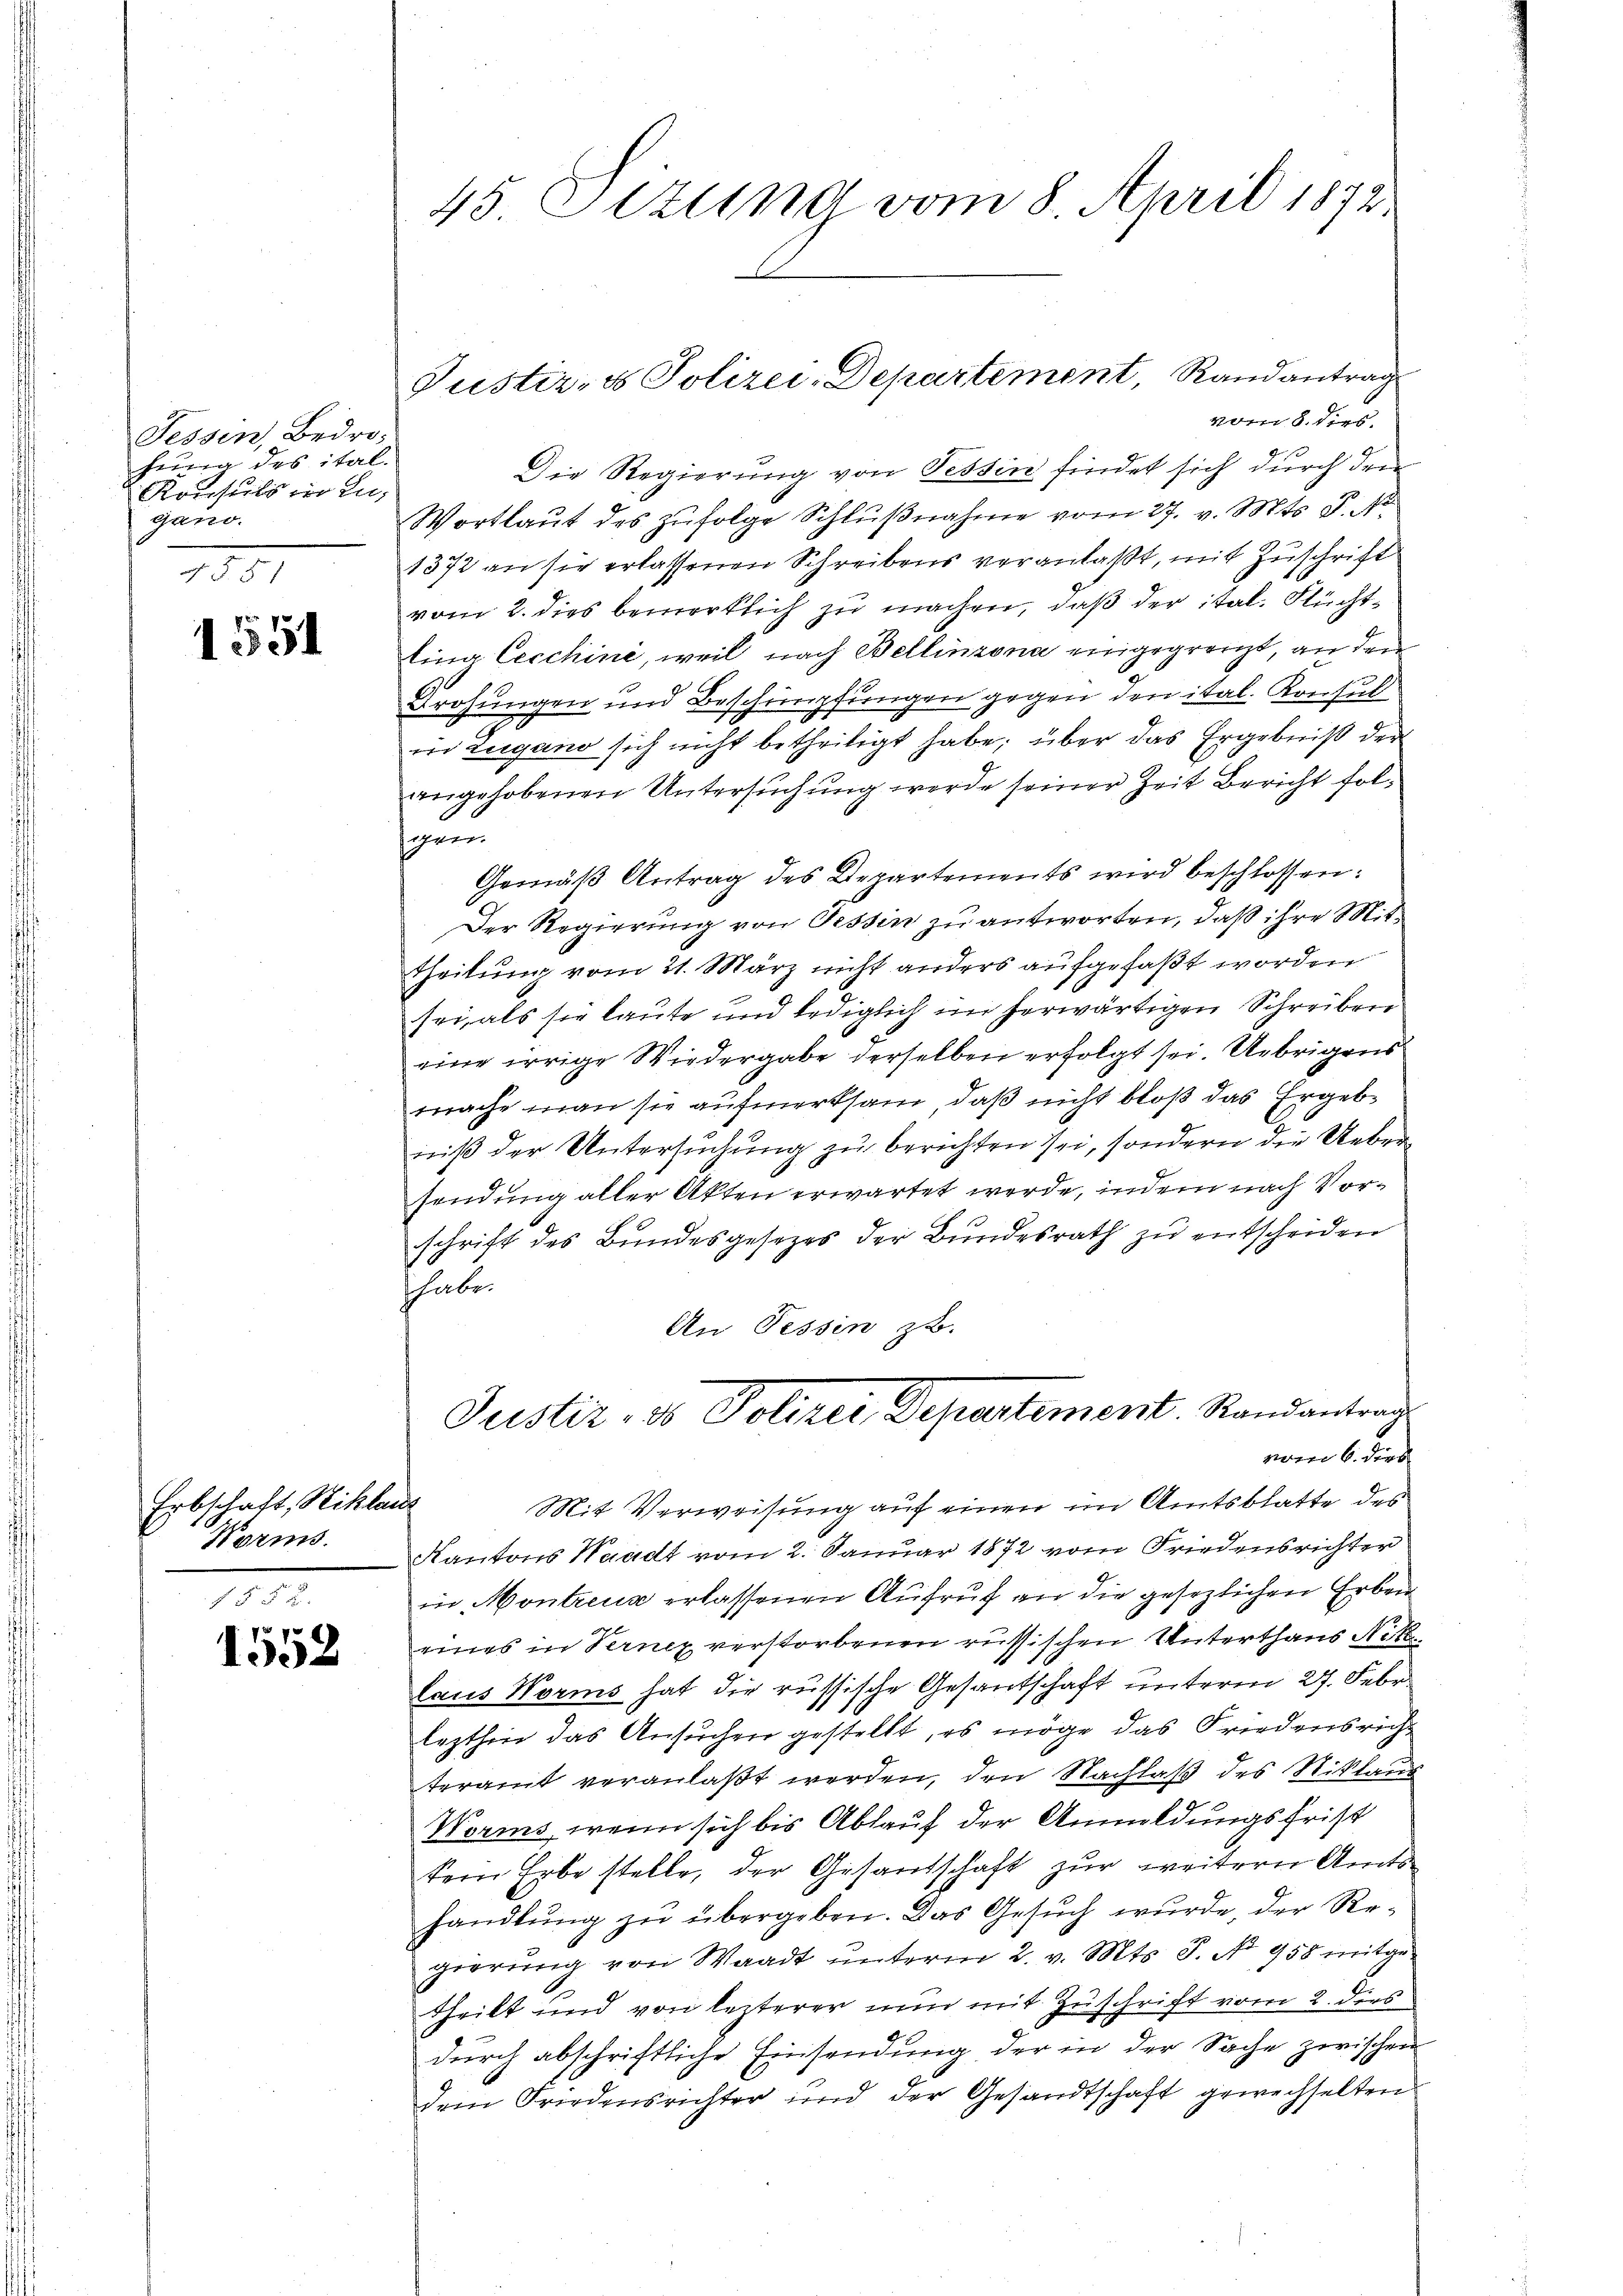
Fessen, Bedro-
hung des ital.
Ronsuls in Lu-
gano.
1351

1551

rbschaft, Niklaus
Worms.

1552

45 Sizung vom 8. April 1872

Justiz- & Polizei-Departement Randantrag

vom 8. dies
Die Regierung von Tessin findet sich durch den
Wortlaut des zufolge Schlußnahme vom 27. v. Mts. S. A.
1372 an sie erlassenen Schreibens veranlaßt, mit Zuschrift
vom 2. dies bemerklich zu machen, daß der ital. Flüchtlina Cecchini, weil nach Bellinzona eingegrenzt, an dem
Brohungen und Beschimpfungen gegen den ital. Konsul
7
in Lugano sich nicht betheiligt habe; über das Ergebniß der
angehobenen Untersuchung werde seiner Zeit Bericht folgen.
Gemäß Antrag des Departements wird beschlossen:
Der Regierung von Tessin zu antworten, daß ihre Mittheilung vom 21. März nicht anders aufgefaßt worden
sei, als sie laute und lediglich im herwärtigen Schreiben
eine irrige Wiedergabe derselben erfolgt sei. Uebrigens
mache man sie aufmerksam, daß nicht bloß das Ergebniß der Untersuchung zu berichten sei, sondern die Uebersendung aller Akten erwartet werde, indem nach Vorschrift des Bundesgesezes der Bundesrath zu entscheiden
shabe.
An Tessin zu.
Justiz- & Polizei Departement. Randantrag
vom 6. dies
Mit Verweisung auf einen im Amtsblatte des
Kantons Waadt vom 2. Januar 1872 vom Friedensrichter
in Montreux erlassenen Aufruf an die gesezlichen Erben
eines in Vernex verstorbenen russischen Unterthaus Nik
laus Worms hat die russische Gesantschaft unteren 27. Febr.
lezthin das Ansuchen gestellt, es möge das Friedensricht
teramt veranlaßt werden, den Nachlaß des Niklaus
Worms, wenn sich bis Ablauf der Anmeldungsfrist
tem Erbe stelle, der Gesandschaft zur weitern Amtshandlung zu übergeben. Das Gesuch wurde, der Regierŭng von Waadt ŭnterm 2. v. Mts. S. No 958 mitge
theilt und von lezterer nun mit Zuschrift vom 2. dies
durch abschriftliche Einsendung der in der Sache zwischen
dem Friedensrichter und der Gesandtschaft gewechselten